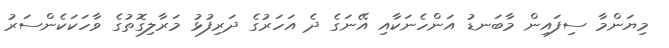
މިޔަންމާ ސިފައިން މާބަނޑު އަންހެނަކާއި އޭނަގެ ދެ އަހަރުގެ ދަރިފުޅު މަރާލިގޮތުގެ ވާހަކަކެންސަރު